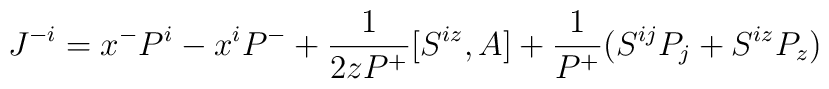
J^{-i}=x^-P^i-x^iP^-+\frac{1}{2zP^+}[S^{iz},A]+\frac{1}{P^+}(S^{ij}P_j+S^{iz}P_z)